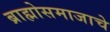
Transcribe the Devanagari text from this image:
ब्राह्मोसमाजाचे